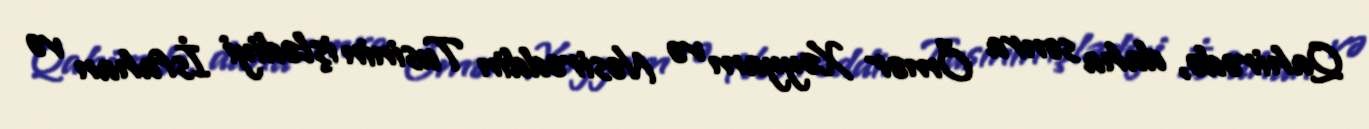
Qahirədə, daha sonra Ömər Xəyyam və Nəsirəddin Tusinin işlədiyi İsfahan və